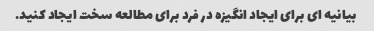
بیانیه ای برای ایجاد انگیزه در فرد برای مطالعه سخت ایجاد کنید.